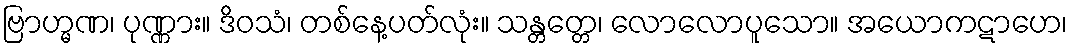
ဗြာဟ္မဏ၊ ပုဏ္ဏား။ ဒိဝသံ၊ တစ်နေ့ပတ်လုံး။ သန္တတ္တေ၊ လောလောပူသော။ အယောကဋာဟေ၊